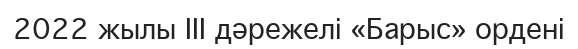
2022 жылы III дәрежелі «Барыс» ордені